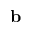
\mathbf { b }